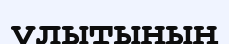
ұлытының